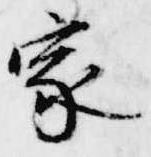
家